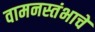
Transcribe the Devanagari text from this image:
वामनस्तंभाचे